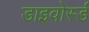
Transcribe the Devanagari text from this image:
डाइवोर्स्ड